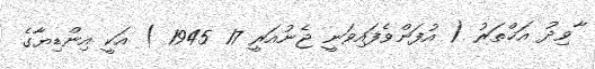
ާވިދު އަޚްތަރު ( އުފަންވެފައިވަނީ ޖެނުއަރީ 17 1945 ) އަކީ އިންޑިޔާގެ